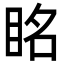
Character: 眳